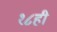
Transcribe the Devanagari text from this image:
१८ही